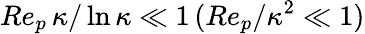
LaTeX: Re_{p}\, \kappa/\ln\kappa\ll 1\, (Re_{p}/\kappa^{2}\ll 1)